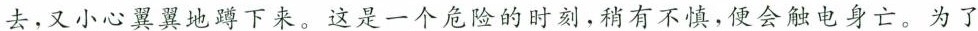
去，又小心翼翼地蹲下来。这是一个危险的时刻，稍有不慎，便会触电身亡。为了